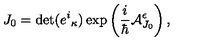
J _ { 0 } = \det ( e ^ { i } { } _ { \kappa } ) \exp \left( \frac { i } { \hbar } { \cal A } _ { J _ { 0 } } ^ { \epsilon } \right) ,